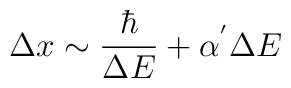
\Delta x \sim \frac{\hbar}{\Delta E}+\alpha^{'}\Delta E